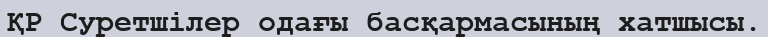
ҚР Суретшілер одағы басқармасының хатшысы.